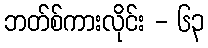
ဘတ်စ်ကားလိုင်း - ၆၃